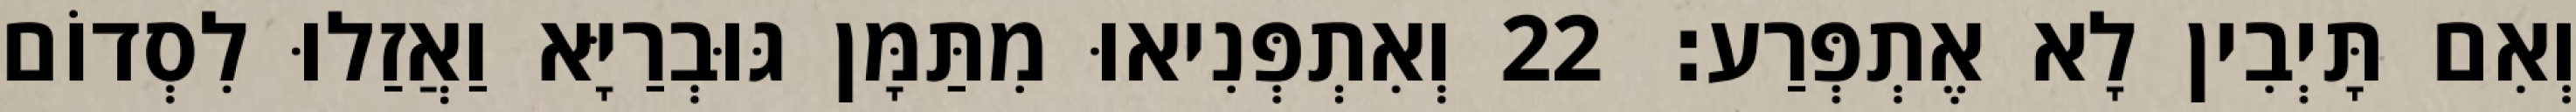
וְאִם תָּיְבִין לָא אֶתְפְּרַע׃ 22 וְאִתְפְּנִיאוּ מִתַּמָּן גּוּבְרַיָּא וַאֲזַלוּ לִסְדוֹם